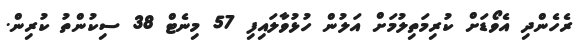
ރެހެންދި އެވޯޑަށް ކުރިމަތިލުމަށް އަލުން ހުޅުވާލައިފި 57 މިނެޓް 38 ސިކުންތު ކުރިން.